Vaccination United Provinces of Agra and Oudh 1923-1928 - 1923-1928
Year: 1923
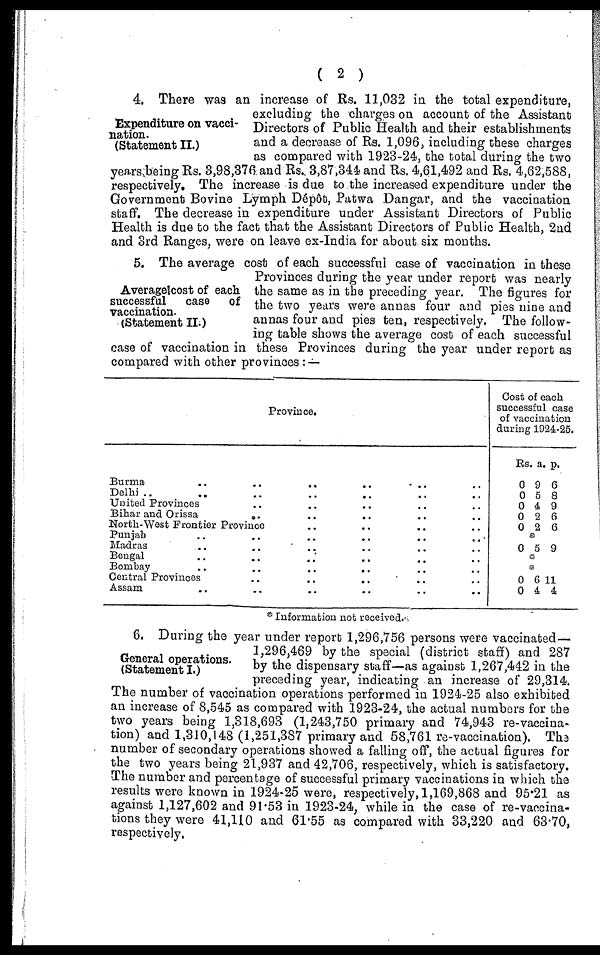
( 2 )
Expenditure on vacci-
nation.
(Statement II.)
4. There was an increase of Rs. 11,032 in the total expenditure,
excluding the charges on account of the Assistants
Directors of Public Health and their establishments
and a decrease of Rs. 1,096, including these charges
as compared with 1923-24, the total during the two
years being Rs. 3,98,376 and Rs. 3,87,344 and Rs. 4,61,492 and Rs. 4,62,588,
respectively. The increase is due to the increased expenditure under the
Government Bovine Lymph Dépôt, Patwa Dangar, and the vaccination
staff. The decrease in expenditure under Assistant Directors of Public
Health is due to the fact that the Assistant Directors of Public Health, 2nd
and 3rd Ranges, were on leave ex-India for about six months.
Average cost of each
successful
case of
vaccination.
(Statement II.)
5. The average cost of each successful case of vaccination in these
Provinces during the year under report was nearly
the same as in the preceding year. The figures for
the two years were annas four and pies nine and
annas four and pies ten, respectively. The follow-
ing table shows the average cost of each successful
case of vaccination in these Provinces during the year under report as
compared with other provinces : —
Province.
Burma .. .. .. ..
Delhi .. .. ..
United Provinces .. .. ..
Bihar and Orissa .. .. ..
North-West Frontier Province
Punjab .. .. ..
Madras .. .. ..
Bengal .. .. ..
Bombay .. .. ..
Central Provinces .. .. ..
Assam .. .. ..
Cost of each
successful case
of vaccination
during 1924-25.
Rs.
0
0
0
0
0
a.
9
5
4
2
2
p.
6
8
9
6
6
*
0 5 9
*
*
0
0
6
4
11
4
* Information not received.
General operations.
(Statement I.)
6. During the year under report 1,296,756 persons were vaccinated—
1,296,469 by the special (district staff) and 287
by the dispensary staff—as against 1,267,442 in the
preceding year, indicating an increase of 29,314.
The number of vaccination operations performed in 1924-25 also exhibited
an increase of 8,545 as compared with 1923-24, the actual numbers for the
two years being 1,318,693 (1,243,750 primary and 74,943 re-vaccina-
tion) and 1,310,148 (1,251,387 primary and 58,761 re-vaccination). The
number of secondary operations showed a falling off, the actual figures for
the two years being 21,937 and 42,706, respectively, which is satisfactory.
The number and percentage of successful primary vaccinations in which the
results were known in 1924-25 were, respectively, 1,169,868 and 95.21 as
against 1,127,602 and 91.53 in 1923-24, while in the case of re-vaccina-
tions they were 41,110 and 61.55 as compared with 33,220 and 63.70,
respectively,